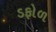
ડફોળ